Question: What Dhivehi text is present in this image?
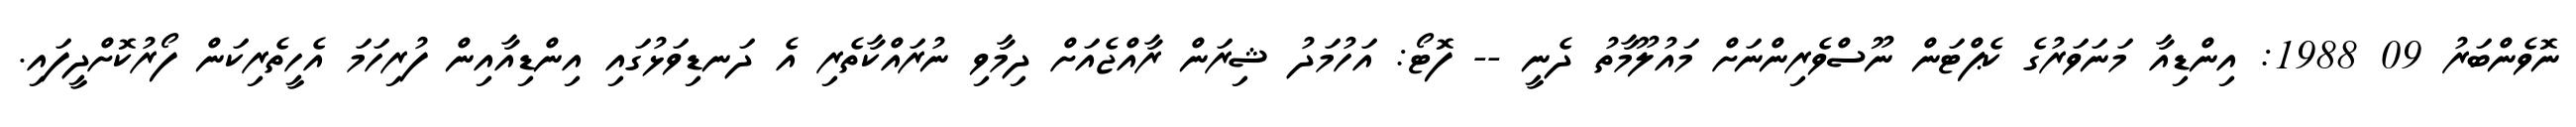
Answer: ނޮވެންބަރު 09 1988: އިންޑިއާ މަނަވަރުގެ ކެޕްޓަން ނޫސްވެރިންނަށް މައުލޫމާތު ދެނީ -- ފޮޓޯ: އަހުމަދު ޝިރަން ރާއްޖެއަށް ދިމާވި ނުރައްކާތެރި އެ ދަނޑިވަޅުގައި އިންޑިއާއިން ފުރިހަމަ އެހީތެރިކަން ފޯރުކޮށްދީފައި.